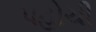
પહોચી